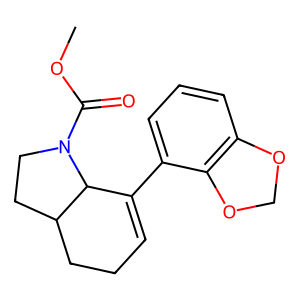
SMILES: COC(=O)N1CCC2CCC=C(c3cccc4c3OCO4)C21
Inhibits HIV replication: No